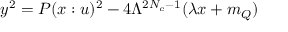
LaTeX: y ^ { 2 } = P ( x : u ) ^ { 2 } - 4 \Lambda ^ { 2 N _ { c } - 1 } ( \lambda x + m _ { Q } ) \nonumber